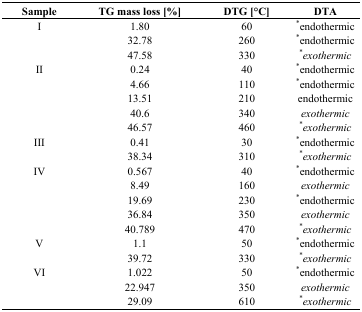
<table><thead><tr><td><b>Sample</b></td><td><b>TG mass loss [%]</b></td><td><b>DTG [°C]</b></td><td><b>DTA</b></td></tr></thead><tbody><tr><td>I</td><td>1.80</td><td>60</td><td><sup>*</sup>endothermic</td></tr><tr><td></td><td>32.78</td><td>260</td><td><sup>*</sup>endothermic</td></tr><tr><td></td><td>47.58</td><td>330</td><td><sup>*</sup><i>exothermic</i></td></tr><tr><td>II</td><td>0.24</td><td>40</td><td><sup>*</sup>endothermic</td></tr><tr><td></td><td>4.66</td><td>110</td><td><sup>*</sup>endothermic</td></tr><tr><td></td><td>13.51</td><td>210</td><td>endothermic</td></tr><tr><td></td><td>40.6</td><td>340</td><td><i>exothermic</i></td></tr><tr><td></td><td>46.57</td><td>460</td><td><sup>*</sup><i>exothermic</i></td></tr><tr><td>III</td><td>0.41</td><td>30</td><td><sup>*</sup>endothermic</td></tr><tr><td></td><td>38.34</td><td>310</td><td><sup>*</sup><i>exothermic</i></td></tr><tr><td>IV</td><td>0.567</td><td>40</td><td><sup>*</sup>endothermic</td></tr><tr><td></td><td>8.49</td><td>160</td><td><i>exothermic</i></td></tr><tr><td></td><td>19.69</td><td>230</td><td><sup>*</sup>endothermic</td></tr><tr><td></td><td>36.84</td><td>350</td><td><i>exothermic</i></td></tr><tr><td></td><td>40.789</td><td>470</td><td><sup>*</sup><i>exothermic</i></td></tr><tr><td>V</td><td>1.1</td><td>50</td><td><sup>*</sup>endothermic</td></tr><tr><td></td><td>39.72</td><td>330</td><td><sup>*</sup><i>exothermic</i></td></tr><tr><td>VI</td><td>1.022</td><td>50</td><td><sup>*</sup>endothermic</td></tr><tr><td></td><td>22.947</td><td>350</td><td><i>exothermic</i></td></tr><tr><td></td><td>29.09</td><td>610</td><td><sup>*</sup><i>exothermic</i></td></tr></tbody></table>